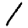
Digit: 1